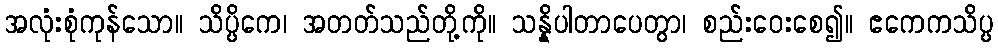
အလုံးစုံကုန်သော။ သိပ္ပိကေ၊ အတတ်သည်တို့ကို။ သန္နိပါတာပေတွာ၊ စည်းဝေးစေ၍။ ဧကေကသိပ္ပ